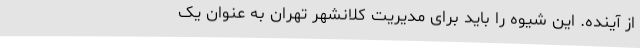
از آینده. این شیوه را باید برای مدیریت کلانشهر تهران به عنوان یک